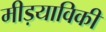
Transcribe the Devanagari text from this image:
मीड़याविकी